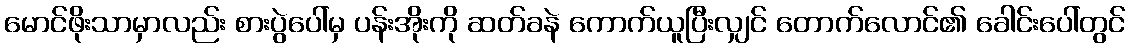
မောင်ဖိုးသာမှာလည်း စားပွဲပေါ်မှ ပန်းအိုးကို ဆတ်ခနဲ ကောက်ယူပြီးလျှင် တောက်လောင်၏ ခေါင်းပေါ်တွင်